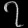
Digit: ၇